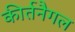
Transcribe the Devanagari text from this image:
कीर्तनैगल